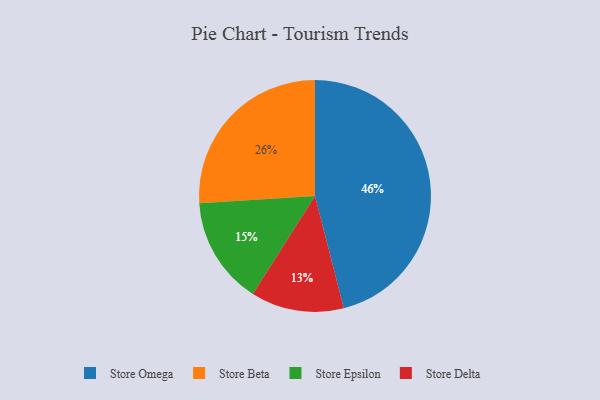
{"axis": {"x": "Category", "y": "Percentage"}, "legend": ["Store Beta", "Store Delta", "Store Epsilon", "Store Omega"], "data": [{"x": "Store Omega", "y": 46, "type": "Store Omega"}, {"x": "Store Epsilon", "y": 15, "type": "Store Epsilon"}, {"x": "Store Beta", "y": 26, "type": "Store Beta"}, {"x": "Store Delta", "y": 13, "type": "Store Delta"}]}